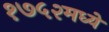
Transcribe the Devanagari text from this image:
१७५२मध्ये